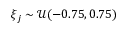
{ \xi } _ { { j } } \sim \mathcal { U } ( - 0 . 7 5 , 0 . 7 5 )